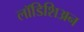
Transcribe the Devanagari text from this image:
लॉडिशिअन